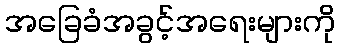
အခြေခံအခွင့်အရေးများကို